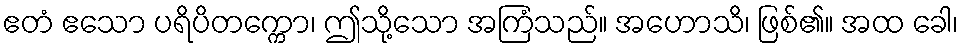
ဧတံ ဧသော ပရိပိတက္ကော၊ ဤသို့သော အကြံသည်။ အဟောသိ၊ ဖြစ်၏။ အထ ခေါ၊